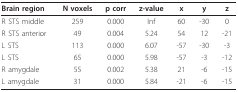
<table><thead><tr><td><b>Brain region</b></td><td><b>N voxels</b></td><td><b>p corr</b></td><td><b>z-value</b></td><td><b>x</b></td><td><b>y</b></td><td><b>z</b></td></tr></thead><tbody><tr><td>R STS middle</td><td>259</td><td>0.000</td><td>Inf</td><td>60</td><td>-30</td><td>0</td></tr><tr><td>R STS anterior</td><td>49</td><td>0.004</td><td>5.24</td><td>54</td><td>12</td><td>-21</td></tr><tr><td>L STS</td><td>113</td><td>0.000</td><td>6.07</td><td>-57</td><td>-30</td><td>-3</td></tr><tr><td>L STS</td><td>65</td><td>0.000</td><td>5.98</td><td>-57</td><td>-3</td><td>-12</td></tr><tr><td>R amygdale</td><td>55</td><td>0.002</td><td>5.38</td><td>21</td><td>-6</td><td>-15</td></tr><tr><td>L amygdale</td><td>31</td><td>0.000</td><td>5.84</td><td>-21</td><td>-6</td><td>-15</td></tr></tbody></table>